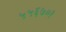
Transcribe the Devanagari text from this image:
५५६७०१